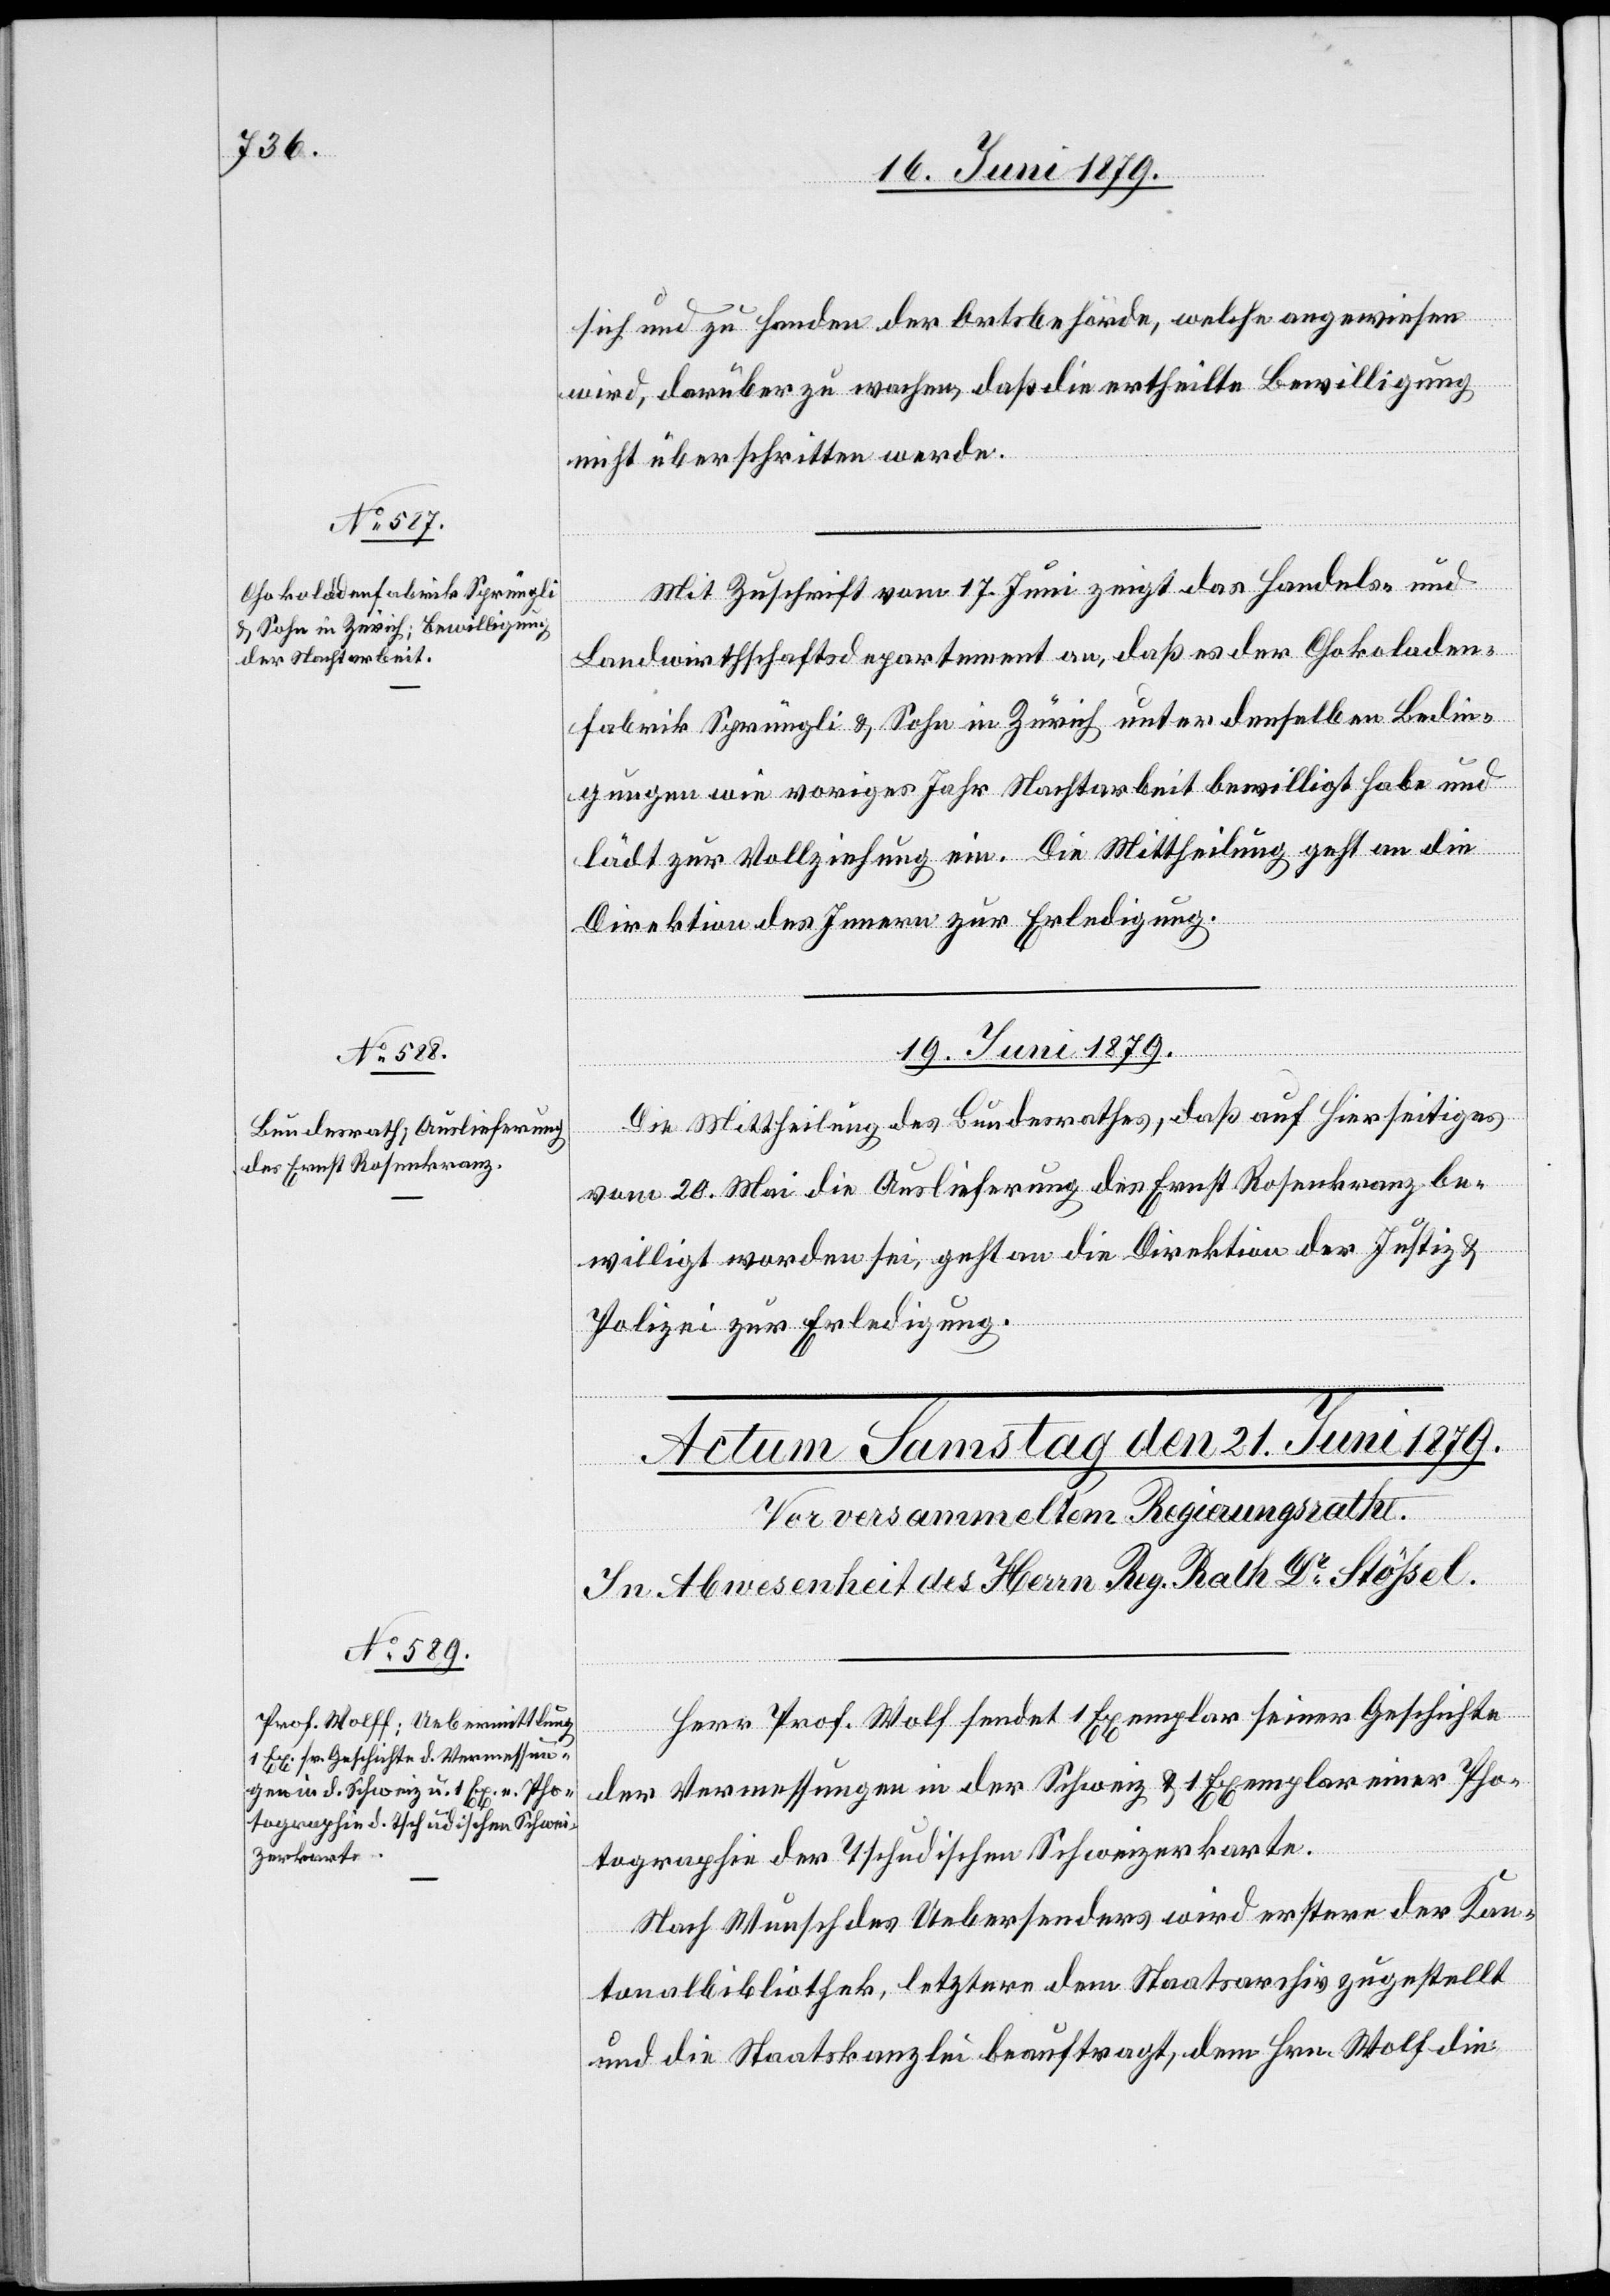
18. Juni 1879.]
sich und zu Handen der Ortsbehörde, welche angewiesen
wird, darüber zu wachen, daß die ertheilte Bewilligung
nicht überschritten werde.
Mit Zuschrift vom 17. Juni zeigt das Handels- und
Landwirthschaftsdepartement an, daß es der Chokoladen¬
fabrik Sprüngli & Sohn in Zürich unter denselben Bedin¬
gungen wie voriges Jahr Nachtarbeit bewilligt habe und
lädt zur Vollziehung ein. Die Mittheilung geht an die
Direktion des Innern zur Erledigung.
19. Juni 1879.
Die Mittheilung des Bundesrathes, daß auf Hierseitiges
vom 20. Mai die Auslieferung des Ernst Rosenkranz be¬
willigt worden sei, geht an die Direktion der Justiz &
Polizei zur Erledigung.
Herr Prof. Wolf [sic!] sendet 1 Exemplar seiner Geschichte
der Vermessungen in der Schweiz & 1 Exemplar einer Pho¬
tographie der Tschudischen Schweizerkarte.
Nach Wunsch des Uebersenders wird erstere der Kan¬
tonalbibliothek, letztere dem Staatsarchiv zugestellt
und die Staatskanzlei beauftragt, dem Hrn. Wolf die